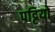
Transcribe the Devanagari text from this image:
पट्टियो